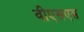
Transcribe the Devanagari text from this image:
वीएसएस